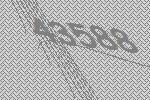
43588